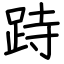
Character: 跱